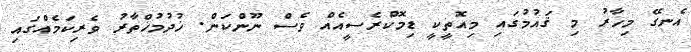
އެނގޭ މިހާރު މި ޤައުމުގައި މިއޮތީކީ ޑިމޮކްރެސީއެއް ވެސް ނޫންކަން. ޚުދުމުޚްތާރު ވެރިކަމެއްގައި